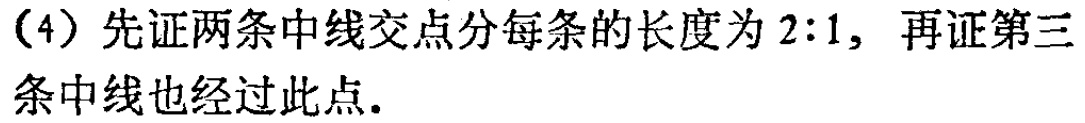
(4) 先证两条中线交点分每条的长度为 \(2:1\)，再证第三条中线也经过此点.